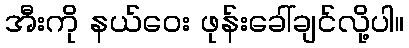
အီးကို နယ်ဝေး ဖုန်းခေါ်ချင်လို့ပါ။